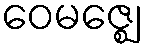
ဝေမဇ္ဈေ